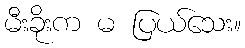
မီးခိုးက မ ပြယ်သေး။